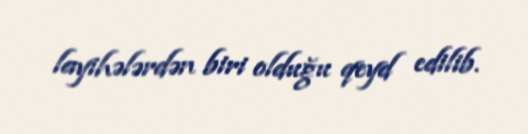
layihələrdən biri olduğu qeyd edilib.